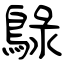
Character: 鵦